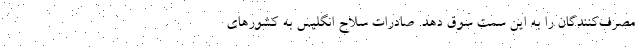
مصرف‌کنندگان را به این سمت سوق دهد. صادرات سلاح انگلیس به کشورهای